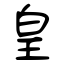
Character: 皇